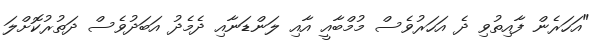
"އަހަރެން ފާއިތުވި ދެ އަހަރުވެސް މުމްބާއީ އާއި ލަންޑަނާއި ދެމެދު އަބަދުވެސް ދަތުރުކޮށްލަ